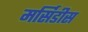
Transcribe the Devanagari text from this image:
मर्सिडीस